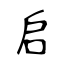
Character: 启